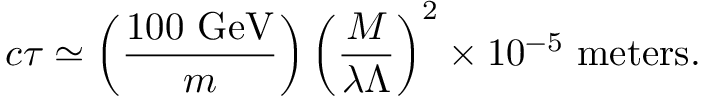
c \tau \simeq \left( { \frac { 1 0 0 ~ \mathrm { G e V } } { m } } \right) \left( { \frac { M } { \lambda \Lambda } } \right) ^ { 2 } \times 1 0 ^ { - 5 } ~ \mathrm { m e t e r s } .